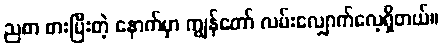
ညစာ စားပြီးတဲ့ နောက်မှာ ကျွန်တော် လမ်းလျှောက်လေ့ရှိတယ်။